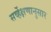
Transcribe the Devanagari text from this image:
सर्व्हेक्षणानुसार